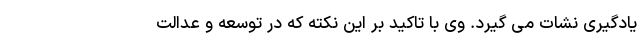
یادگیری نشات می گیرد. وی با تاکید بر این نکته که در توسعه و عدالت